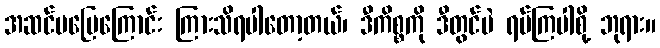
အဆင်မပြေကြောင်း ကြားသိရပါတော့တယ်၊ ဒီကိစ္စကို ဒီတွင်ပဲ ရပ်ကြပါစို့ ဘုရား။